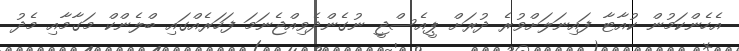
އެހެންކަމުން ކުއާޓާ ފައިނަލަށްވުރެ ދުރަށް ޕީއެސްޖީ ނުގެންދެވިއްޖެނަމަ ފަހަރެއްގައި ބްލެންކް މަގާމާއި މެދު